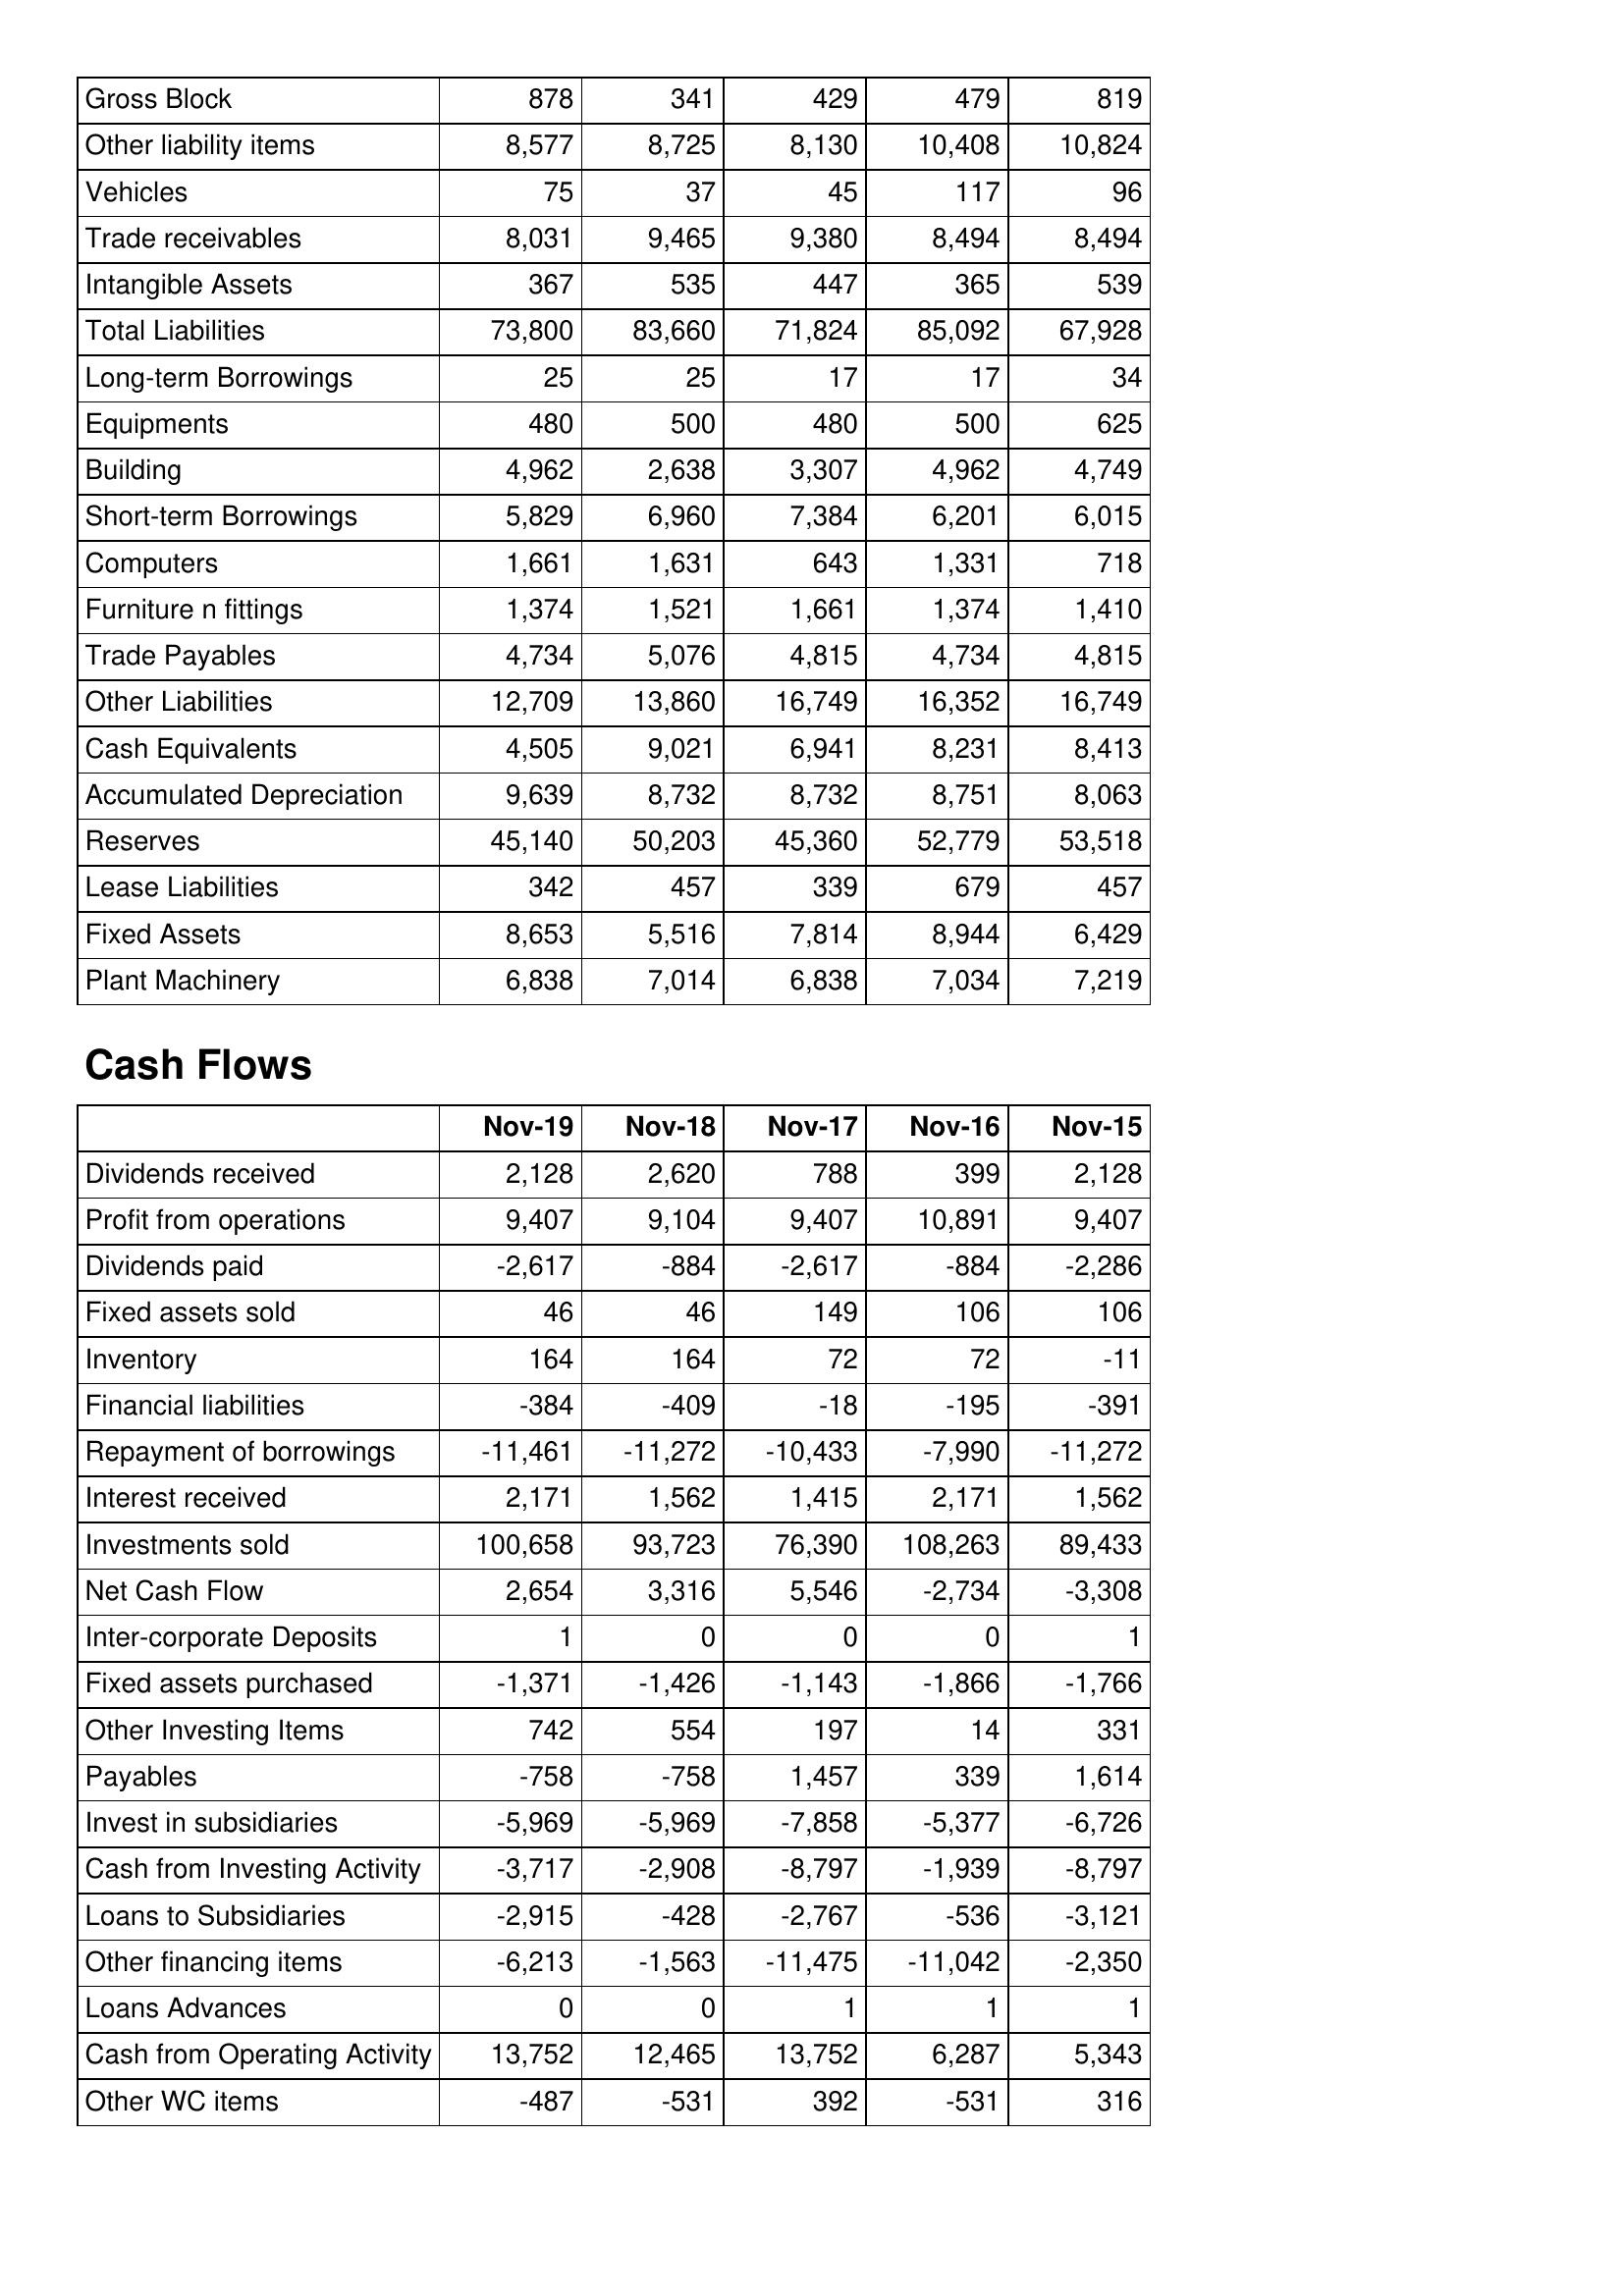
Nov-19: Balance Sheet: Gross Block: 878
Other liability items: 8,577
Vehicles: 75
Trade receivables: 8,031
Intangible Assets: 367
Total Liabilities: 73,800
Long-term Borrowings: 25
Equipments: 480
Building: 4,962
Short-term Borrowings: 5,829
Computers: 1,661
Furniture n fittings: 1,374
Trade Payables: 4,734
Other Liabilities: 12,709
Cash Equivalents: 4,505
Accumulated Depreciation: 9,639
Reserves: 45,140
Lease Liabilities: 342
Fixed Assets: 8,653
Plant Machinery: 6,838
Cash Flows: Dividends received: 2,128
Profit from operations: 9,407
Dividends paid: -2,617
Fixed assets sold: 46
Inventory: 164
Financial liabilities: -384
Repayment of borrowings: -11,461
Interest received: 2,171
Investments sold: 100,658
Net Cash Flow: 2,654
Inter-corporate Deposits: 1
Fixed assets purchased: -1,371
Other Investing Items: 742
Payables: -758
Invest in subsidiaries: -5,969
Cash from Investing Activity: -3,717
Loans to Subsidiaries: -2,915
Other financing items: -6,213
Loans Advances: 0
Cash from Operating Activity: 13,752
Other WC items: -487
Nov-18: Balance Sheet: Gross Block: 341
Other liability items: 8,725
Vehicles: 37
Trade receivables: 9,465
Intangible Assets: 535
Total Liabilities: 83,660
Long-term Borrowings: 25
Equipments: 500
Building: 2,638
Short-term Borrowings: 6,960
Computers: 1,631
Furniture n fittings: 1,521
Trade Payables: 5,076
Other Liabilities: 13,860
Cash Equivalents: 9,021
Accumulated Depreciation: 8,732
Reserves: 50,203
Lease Liabilities: 457
Fixed Assets: 5,516
Plant Machinery: 7,014
Cash Flows: Dividends received: 2,620
Profit from operations: 9,104
Dividends paid: -884
Fixed assets sold: 46
Inventory: 164
Financial liabilities: -409
Repayment of borrowings: -11,272
Interest received: 1,562
Investments sold: 93,723
Net Cash Flow: 3,316
Inter-corporate Deposits: 0
Fixed assets purchased: -1,426
Other Investing Items: 554
Payables: -758
Invest in subsidiaries: -5,969
Cash from Investing Activity: -2,908
Loans to Subsidiaries: -428
Other financing items: -1,563
Loans Advances: 0
Cash from Operating Activity: 12,465
Other WC items: -531
Nov-17: Balance Sheet: Gross Block: 429
Other liability items: 8,130
Vehicles: 45
Trade receivables: 9,380
Intangible Assets: 447
Total Liabilities: 71,824
Long-term Borrowings: 17
Equipments: 480
Building: 3,307
Short-term Borrowings: 7,384
Computers: 643
Furniture n fittings: 1,661
Trade Payables: 4,815
Other Liabilities: 16,749
Cash Equivalents: 6,941
Accumulated Depreciation: 8,732
Reserves: 45,360
Lease Liabilities: 339
Fixed Assets: 7,814
Plant Machinery: 6,838
Cash Flows: Dividends received: 788
Profit from operations: 9,407
Dividends paid: -2,617
Fixed assets sold: 149
Inventory: 72
Financial liabilities: -18
Repayment of borrowings: -10,433
Interest received: 1,415
Investments sold: 76,390
Net Cash Flow: 5,546
Inter-corporate Deposits: 0
Fixed assets purchased: -1,143
Other Investing Items: 197
Payables: 1,457
Invest in subsidiaries: -7,858
Cash from Investing Activity: -8,797
Loans to Subsidiaries: -2,767
Other financing items: -11,475
Loans Advances: 1
Cash from Operating Activity: 13,752
Other WC items: 392
Nov-16: Balance Sheet: Gross Block: 479
Other liability items: 10,408
Vehicles: 117
Trade receivables: 8,494
Intangible Assets: 365
Total Liabilities: 85,092
Long-term Borrowings: 17
Equipments: 500
Building: 4,962
Short-term Borrowings: 6,201
Computers: 1,331
Furniture n fittings: 1,374
Trade Payables: 4,734
Other Liabilities: 16,352
Cash Equivalents: 8,231
Accumulated Depreciation: 8,751
Reserves: 52,779
Lease Liabilities: 679
Fixed Assets: 8,944
Plant Machinery: 7,034
Cash Flows: Dividends received: 399
Profit from operations: 10,891
Dividends paid: -884
Fixed assets sold: 106
Inventory: 72
Financial liabilities: -195
Repayment of borrowings: -7,990
Interest received: 2,171
Investments sold: 108,263
Net Cash Flow: -2,734
Inter-corporate Deposits: 0
Fixed assets purchased: -1,866
Other Investing Items: 14
Payables: 339
Invest in subsidiaries: -5,377
Cash from Investing Activity: -1,939
Loans to Subsidiaries: -536
Other financing items: -11,042
Loans Advances: 1
Cash from Operating Activity: 6,287
Other WC items: -531
Nov-15: Balance Sheet: Gross Block: 819
Other liability items: 10,824
Vehicles: 96
Trade receivables: 8,494
Intangible Assets: 539
Total Liabilities: 67,928
Long-term Borrowings: 34
Equipments: 625
Building: 4,749
Short-term Borrowings: 6,015
Computers: 718
Furniture n fittings: 1,410
Trade Payables: 4,815
Other Liabilities: 16,749
Cash Equivalents: 8,413
Accumulated Depreciation: 8,063
Reserves: 53,518
Lease Liabilities: 457
Fixed Assets: 6,429
Plant Machinery: 7,219
Cash Flows: Dividends received: 2,128
Profit from operations: 9,407
Dividends paid: -2,286
Fixed assets sold: 106
Inventory: -11
Financial liabilities: -391
Repayment of borrowings: -11,272
Interest received: 1,562
Investments sold: 89,433
Net Cash Flow: -3,308
Inter-corporate Deposits: 1
Fixed assets purchased: -1,766
Other Investing Items: 331
Payables: 1,614
Invest in subsidiaries: -6,726
Cash from Investing Activity: -8,797
Loans to Subsidiaries: -3,121
Other financing items: -2,350
Loans Advances: 1
Cash from Operating Activity: 5,343
Other WC items: 316